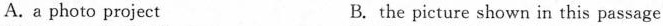
A.a photo project B. the picture shown in this passage